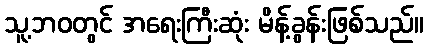
သူ့ဘဝတွင် အရေးကြီးဆုံး မိန့်ခွန်းဖြစ်သည်။